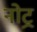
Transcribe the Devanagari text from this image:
नोट्र